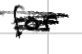
Text: for
Cross-out: scratch
Writing tool: digital_black